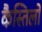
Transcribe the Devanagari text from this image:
कैस्तिलो